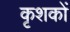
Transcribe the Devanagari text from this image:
कृशकों